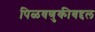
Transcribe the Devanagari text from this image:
पिळवणुकीबद्दल